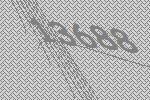
13688